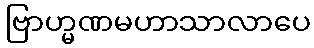
ဗြာဟ္မဏမဟာသာလာပေ